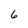
Character: 6